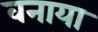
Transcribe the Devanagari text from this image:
वनाया